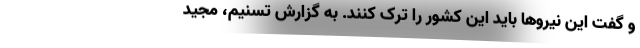
و گفت این نیروها باید این کشور را ترک کنند. به گزارش تسنیم، مجید